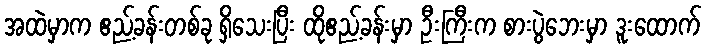
အထဲမှာက ဧည့်ခန်းတစ်ခု ရှိသေးပြီး ထိုဧည့်ခန်းမှာ ဦးကြီးက စားပွဲဘေးမှာ ဒူးထောက်